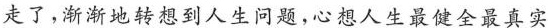
走了，渐渐地转想到人生问题，心想人生最健全最真实